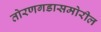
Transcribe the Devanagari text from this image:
तोरणगडासमोरील